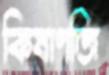
কিষাণজি